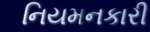
નિયમનકારી